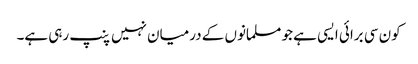
کون سی برائی ایسی ہے جو مسلمانوں کے درمیان نہیں پنپ رہی ہے۔